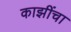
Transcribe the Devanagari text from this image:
काझींचा